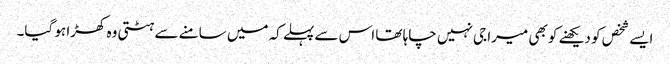
ایسے شخص کو دیکھنے کو بھی میرا جی نہیں چاہا تھا اس سے پہلے کہ میں سامنے سے ہٹتی وہ کھڑا ہو گیا۔